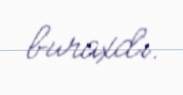
buraxdı.